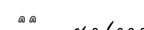
٧٢